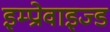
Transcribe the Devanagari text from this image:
इम्प्रोवाइज्ड